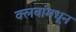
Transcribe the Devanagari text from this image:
क्लबांमधून